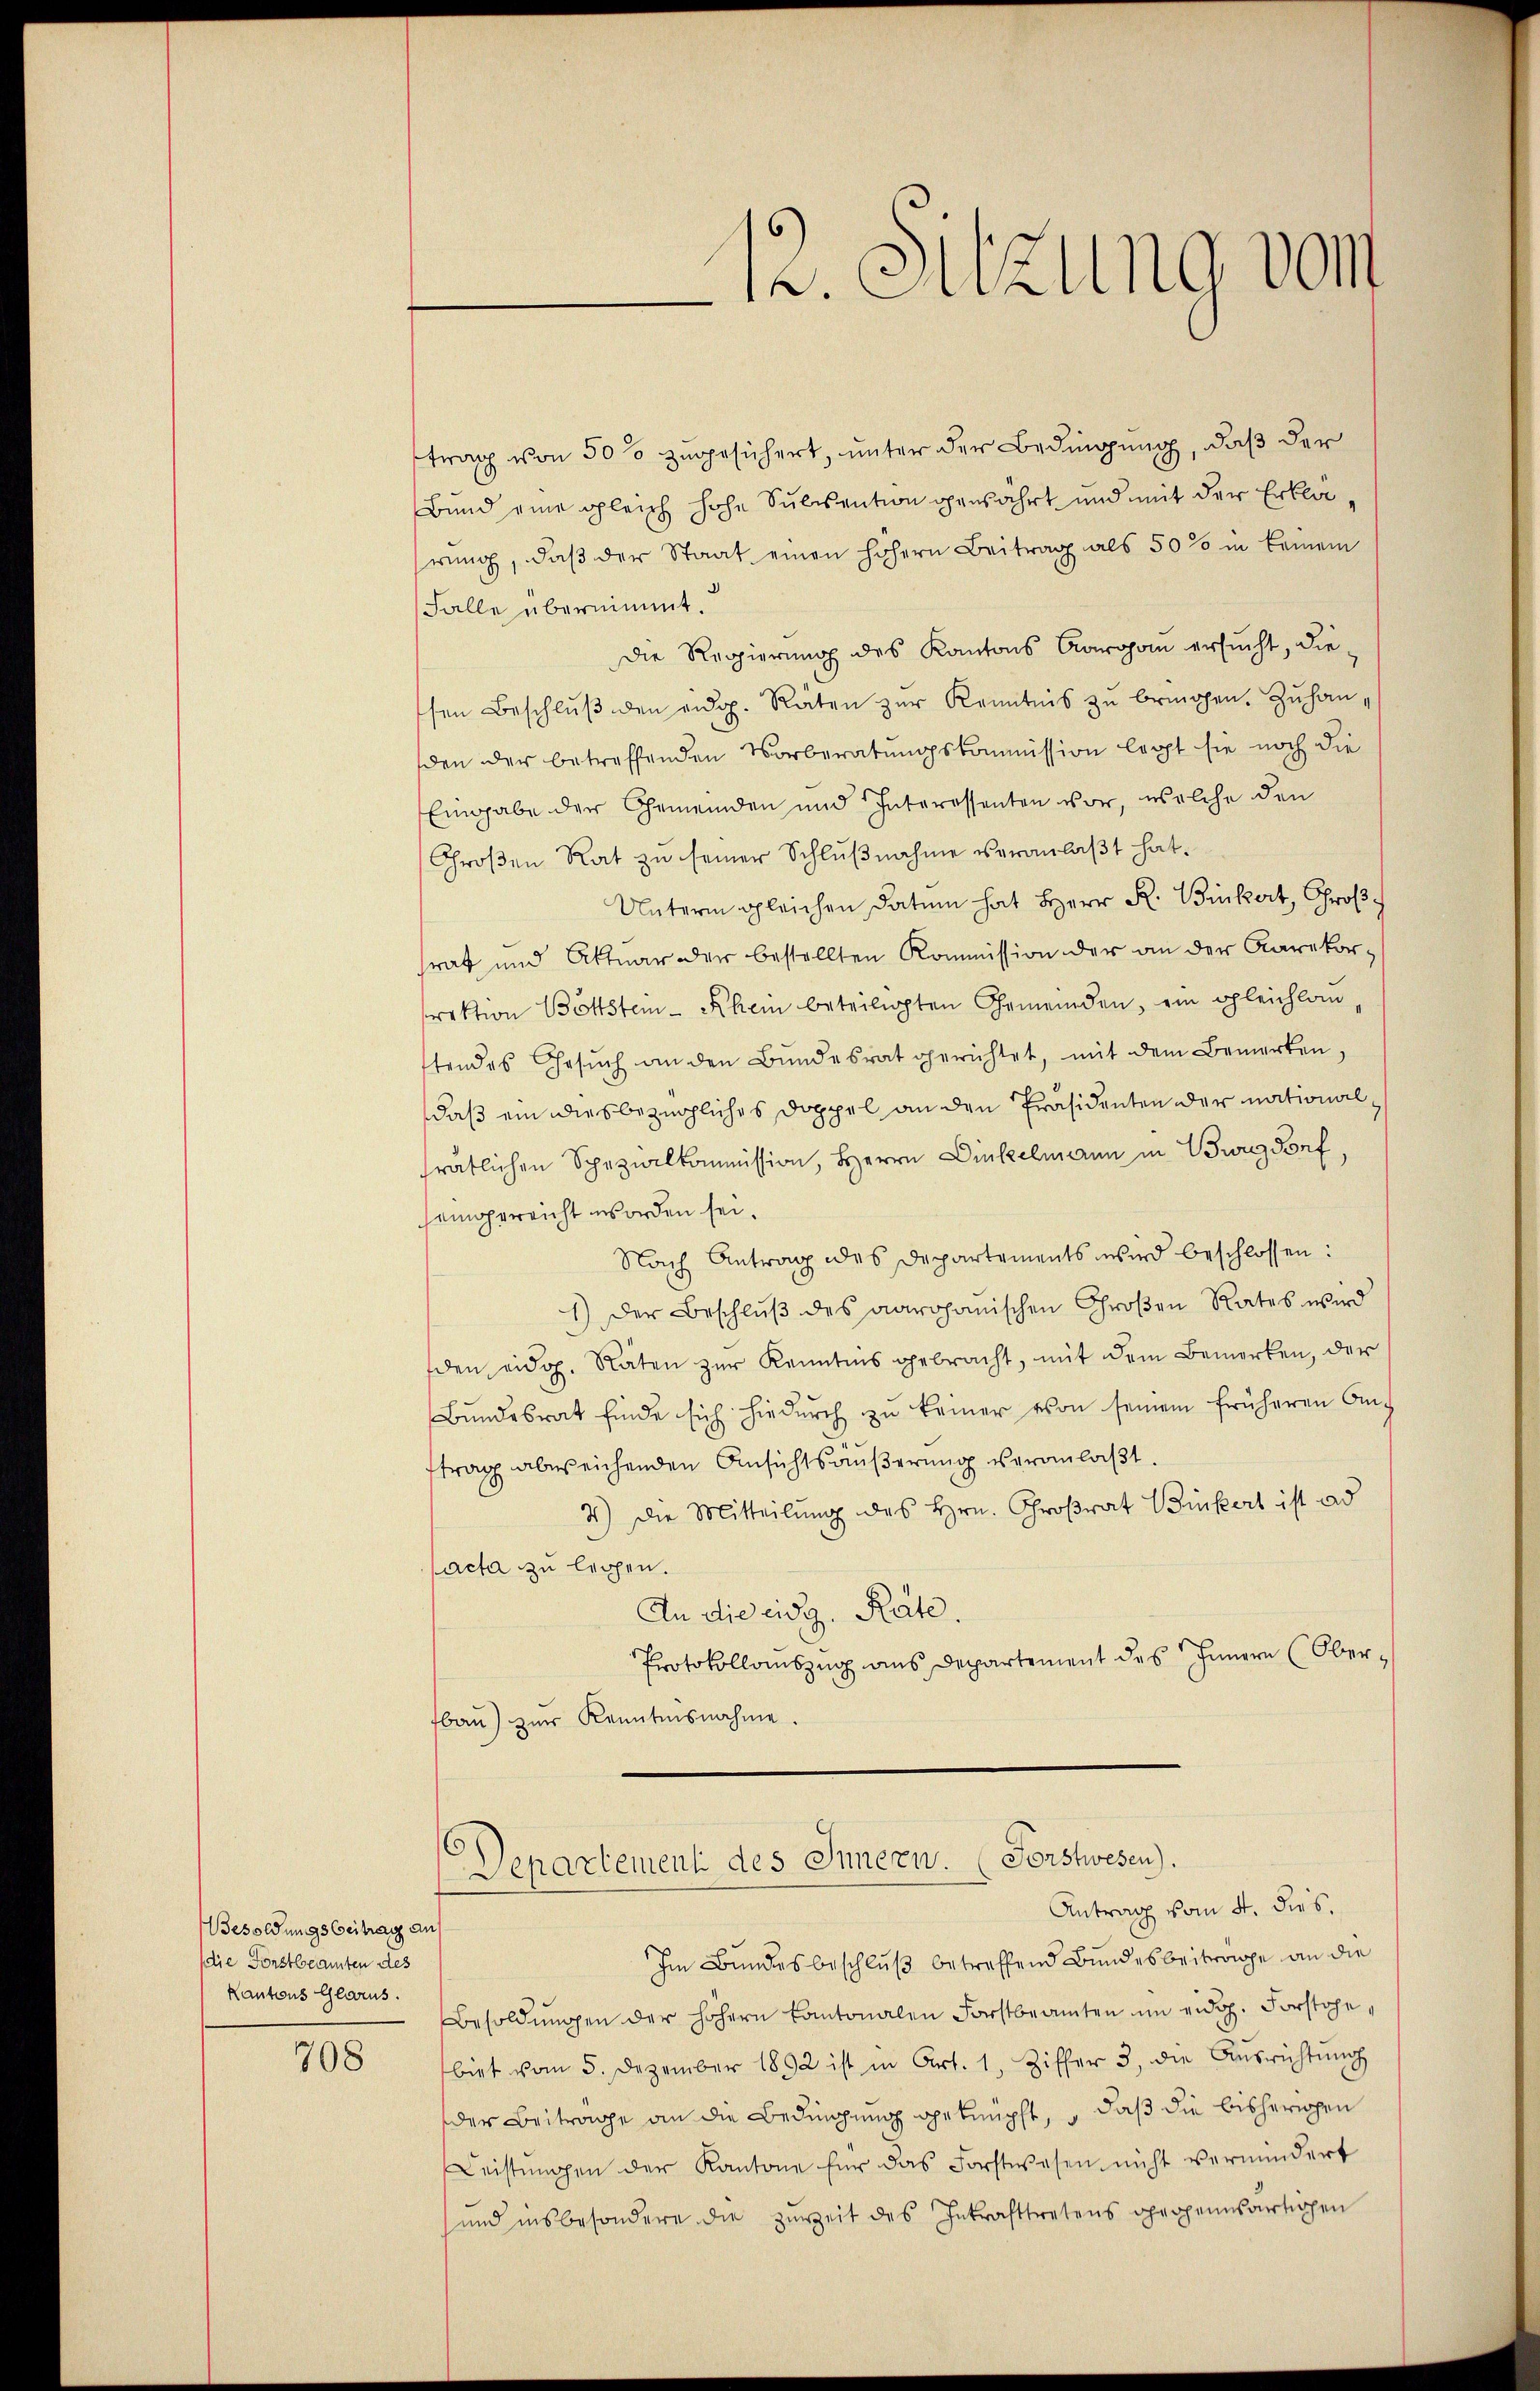
Besoldungsbeitrag aus
(die Forstbeamten des
Kantons Glarus.

708

trag von 50% zugesichert, unter der Bedingung, daß der
Bund eine gleich hohe Subsention genährt und mit der Erklärrung, daß der Staat einen höhern Beitrag als 50% in keinem
Falle übernimmt.
Die Regierung des Kantons Aargau ersucht, die
sen Beschlŭβ den eidg. Räten zŭr Kenntnis zŭ bringen. Zŭhanden der betreffenden Vorberatungskommission legt sie noch die
Eingabe der Gemeinden und Interessenten vor, welche den
Großen Rat zu seiner Schlŭβnahme veranlaßt hat.
Unterm gleichen Datum hat Herr R. Bickert, Großsrat und Aktuar der bestellten Kommission der an der Aarekor-
irektion Bottstem Rhein beteiligten Gemeinden, ein gleichlan
stendes Gesŭch an den Bŭndesrat gerichtet, mit dem Bemerken,
daß ein diesbezügliches Doppel an den Präsidenten der nationalträtlichen Spezialkommission, Herrn Dinkelmann in Burgdorf,
seigereicht worden sei.
Nach Antrag des Departements wird beschlossen:
1) Der Beschlŭβ des aarganischen Großen Rates wird
den eidg. Räten zur Kenntnis gebracht, mit dem Bemerken, der
Bŭndesrat finde sich hiedurch zŭ keiner von seinem früheren An-
ftrag abweichenden Ansichtsäußerung veranlaßt,
3) Die Mitteilung des Hrn. Großrat Bickert ist ad
facta zu legen.
An die eidg. Rate.
Protokollauszug aus Departement des Innern Oberfbau) zur Kenntnisnahme.
Departement des Innern. (Forstwesen).
Antrag vom 4. dies.
Im Bundesbeschluß betreffend Bundesbeitrage an die
Besoldŭngen der höhern Cantonalen Forstbeamten im eidg. Forstage,
biet vom 5. Dezember 1892 ist in Art. 1, Ziffer 3, die Aŭsrichtŭng
der Beitrage an die Bedingung geknüpft, – daß die bisherigen
Leistŭngen der Kantone für das Forstwesen nicht vermindert
sund insbesondere die zŭreit des Inkrafttretens propensartigen

12. Sitzung von